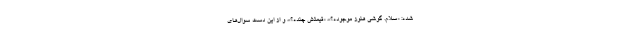
شده: «سلام. گوشی هنوز موجوده؟»، «قیمتش چنده؟»، و از این دست سوال‌های